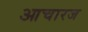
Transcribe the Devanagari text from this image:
आचारज